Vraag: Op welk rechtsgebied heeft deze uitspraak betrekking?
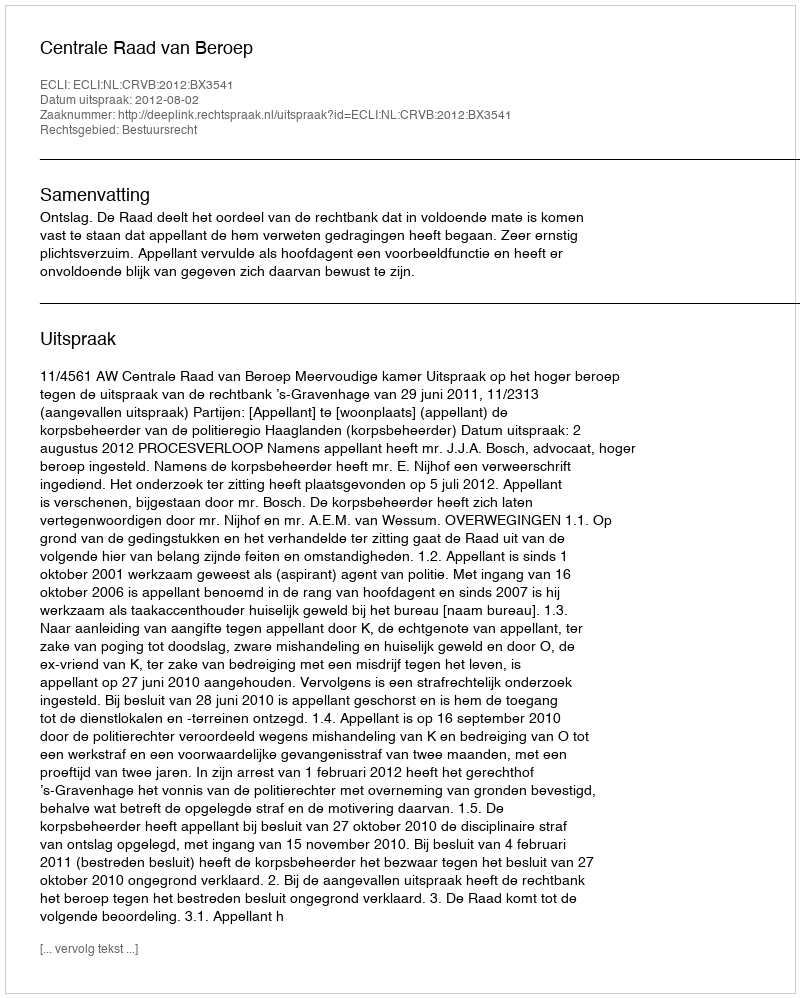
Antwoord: Bestuursrecht